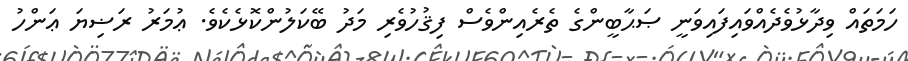
ހަމަތައް ވިދާޅުވެދެއްވައިފައިވަނީ ޞަޙާބީންގެ ތެރެއިންވެސް ފިޤުހުވެރި މަދު ބޭކަލުންކޮޅެކެވެ. ޢުމަރު ރަޟިޔަ ޢަންހު